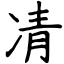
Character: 凊